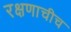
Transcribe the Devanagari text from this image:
रक्षणाचीच